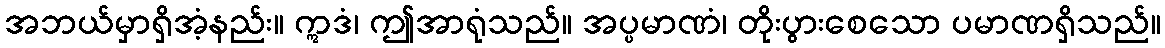
အဘယ်မှာရှိအံ့နည်း။ ဣဒံ၊ ဤအာရုံသည်။ အပ္ပမာဏံ၊ တိုးပွားစေသော ပမာဏရှိသည်။